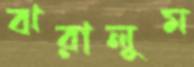
ঝরালুম